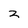
Character: 3